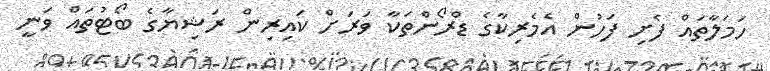
ހަމަލާތައް ފެށި ފަހުން އެމެރިކާގެ ޑްރޯންތަކާ ވަރަށް ކައިރިން ރަޝިޔާގެ ބޯޓުތައް ވަނީ